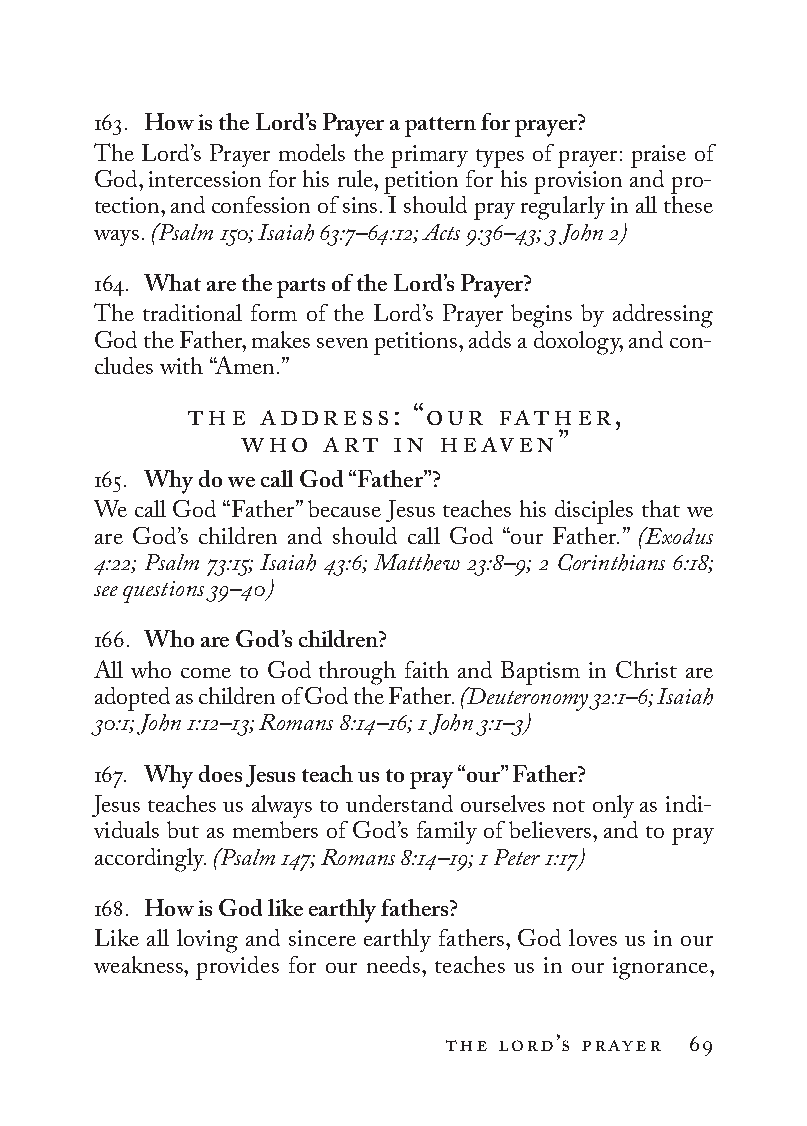
163. How is the Lord’s Prayer a pattern for prayer?
 The Lord’s Prayer models the primary types of prayer: praise of
 God, intercession for his rule, petition for his provision and pro-
 tection, and confession of sins. I should pray regularly in all these
 ways. (Psalm 150; Isaiah 63:7–64:12; Acts 9:36–43; 3 John 2)
 164. What are the parts of the Lord’s Prayer?
 The traditional form of the Lord’s Prayer begins by addressing
 God the Father, makes seven petitions, adds a doxology, and con-
 cludes with “Amen.”
 the  address:  “our father,
 who   art in heaven”
 165. Why do we call God “Father”?
 We call God “Father” because Jesus teaches his disciples that we
 are God’s children and should call God “our Father.” (Exodus
 4:22; Psalm 73:15; Isaiah 43:6; Matthew 23:8–9; 2 Cor in thi ans 6:18;
 see questions 39–40)
 166. Who are God’s children?
 All who come to God through faith and Baptism in Christ are
 adopted as children of God the Father. (Deuteronomy 32:1–6; Isaiah
 30:1; John 1:12–13; Romans 8:14–16; 1 John 3:1–3)
 167. Why does Jesus teach us to pray “our” Father?
 Jesus teaches us always to understand ourselves not only as indi-
 viduals but as members of God’s family of believers, and to pray
 accordingly. (Psalm 147; Romans 8:14–19; 1 Peter 1:17)
 168. How is God like earthly fathers?
 Like all loving and sincere earthly fathers, God loves us in our
 weakness, provides for our needs, teaches us in our ignorance,
 the lord’s prayer 69
 To be a Christian.566776.int.indd 69        11/13/19 1:31 PM